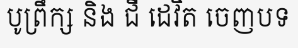
បូព្រឹក្ស និង ជី ដេវិត ចេញបទ